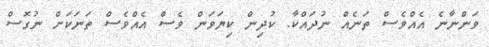
ވަންނާނެ އެއްވެސް ތަނެއް ނުދައްކާ. ކުދިން ކިޔަވަން ވެސް އެއްވެސް ތަނަކަށް ނުގޮސް